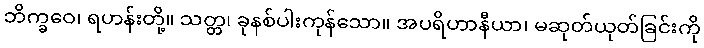
ဘိက္ခဝေ၊ ရဟန်းတို့။ သတ္တ၊ ခုနစ်ပါးကုန်သော။ အပရိဟာနီယာ၊ မဆုတ်ယုတ်ခြင်းကို